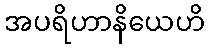
အပရိဟာနိယေဟိ